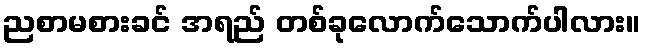
ညစာမစားခင် အရည် တစ်ခုလောက်သောက်ပါလား။